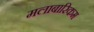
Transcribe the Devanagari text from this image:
मलाबारिकम